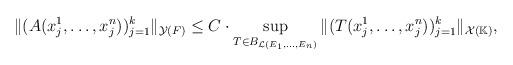
LaTeX: \begin{align*} \|(A(x_j^1,\ldots,x_j^n))_{j=1}^k\|_{\mathcal{Y}(F)}\le C\cdot\sup\limits_{T\in B_{\mathcal{L}(E_1,\ldots,E_n)}} \|(T(x_j^1,\ldots,x_j^n))_{j=1}^k\|_{\mathcal{X}(\mathbb{K})},\end{align*}